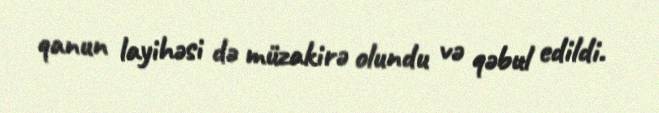
qanun layihəsi də müzakirə olundu və qəbul edildi.